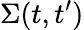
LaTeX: \Sigma(t,t^{\prime})